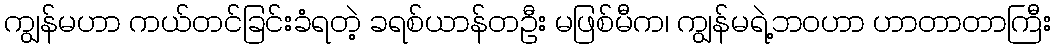
ကျွန်မဟာ ကယ်တင်ခြင်းခံရတဲ့ ခရစ်ယာန်တဦး မဖြစ်မီက၊ ကျွန်မရဲ့ဘဝဟာ ဟာတာတာကြီး